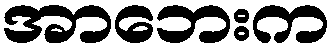
အာဘေးက